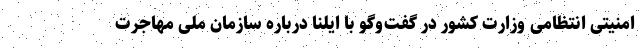
امنیتی انتظامی وزارت کشور در گفت‌وگو با ایلنا درباره سازمان ملی مهاجرت